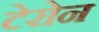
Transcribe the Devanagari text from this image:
टेरोन